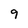
Character: 9